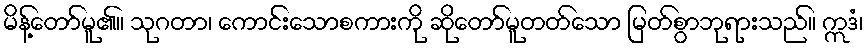
မိန့်တော်မူ၏။ သုဂတာ၊ ကောင်းသောစကားကို ဆိုတော်မူတတ်သော မြတ်စွာဘုရားသည်။ ဣဒံ၊